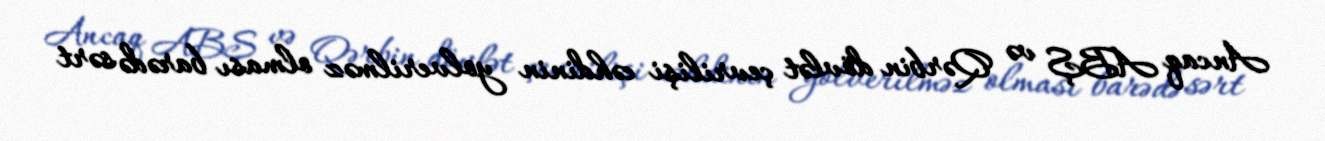
Ancaq ABŞ və Qərbin dövlət çevrilişi cəhdinin yolverilməz olması barədə sərt